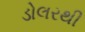
ડોલરથી